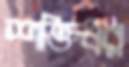
শক্তিধর